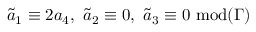
\tilde { a } _ { 1 } \equiv 2 a _ { 4 } , \ \tilde { a } _ { 2 } \equiv 0 , \ \tilde { a } _ { 3 } \equiv 0 \ \mathrm { m o d } ( \Gamma )